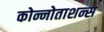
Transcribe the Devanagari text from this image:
कोन्नोताशन्स